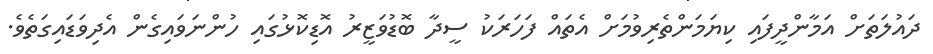
ދައުލަތަށް އަމާންދީފައި ކިޔަމަންތެރިވުމަށް އެތައް ފަހަރަކު ސީދާ ބޮޑުވަޒީރު އޮޑިކޮޅުގައި ހުންނަވައިގެން އެދިވަޑައިގަތެވެ.